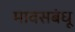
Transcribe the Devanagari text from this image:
मावसबंधू